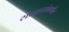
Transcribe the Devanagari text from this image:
संप्रदायांमधील